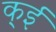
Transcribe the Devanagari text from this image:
क्ई